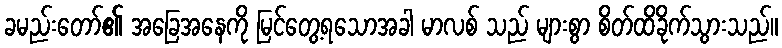
ခမည်းတော်၏ အခြေအနေကို မြင်တွေ့ရသောအခါ မာလစ် သည် များစွာ စိတ်ထိခိုက်သွားသည်။